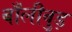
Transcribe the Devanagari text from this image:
बाँलीवुड़